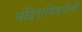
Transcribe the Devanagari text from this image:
मंदिराविषयीची